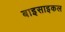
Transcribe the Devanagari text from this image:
बाइसाइकल